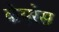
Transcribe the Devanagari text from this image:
केयरेस